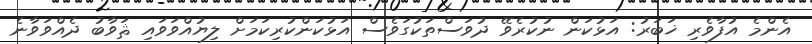
އެންމެ އުފާވެރި ޚަބަރު: އަޅުކަން ނުކުރެވޭ ދުވަސްތަކުގަވެސް އަޅުކަންކުރިކަމަށް ލިޔުއްވަވައި ޘަވާބު ދެއްވަވާނެ